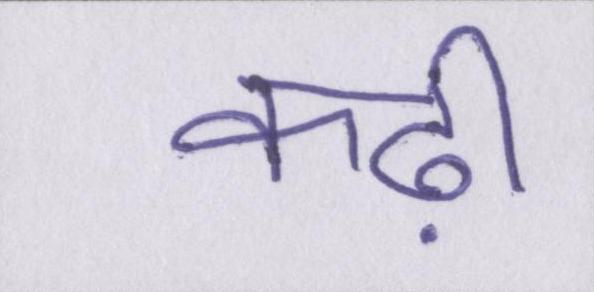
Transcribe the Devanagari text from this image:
कढ़ी